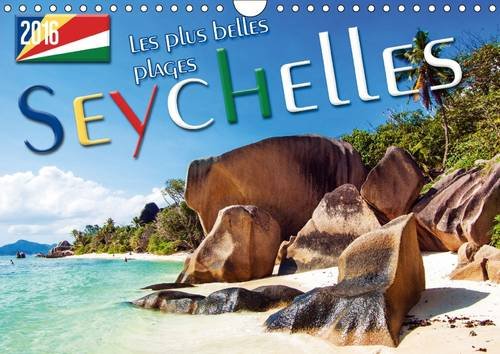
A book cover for Seychelles - Les Plus Belles Plages, Soleil, Mer et Sable.: Soleil, Mer et Sable. Les Plus Belles Plages des Seychelles. (Calvendo Nature) (French Edition); Max Steinwald; Travel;